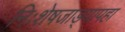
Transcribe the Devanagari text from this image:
निःशेषजाड्यापहा